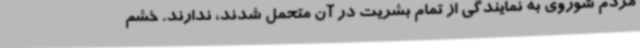
مردم شوروی به نمایندگی از تمام بشریت در آن متحمل شدند، ندارند. خشم